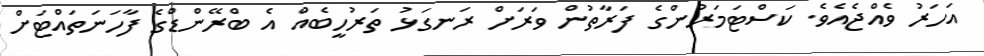
އަހަރު ވެއްޖެއެވެ. ކަސްޓަމަރުންގެ ފަރާތުން ވަރަށް ރަނގަޅު ތަރުހީބެއް އެ ބްރޭންޑްގެ ފާހަނަތައްޓަށް